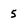
Character: 5